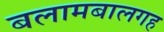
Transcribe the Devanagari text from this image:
बलामबालगह